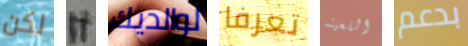
لكن if لوالديك تعرفا اللعينه بدعم